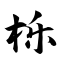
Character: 栎